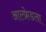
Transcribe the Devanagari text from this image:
आल्फ्रेडला